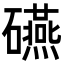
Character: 𥗕